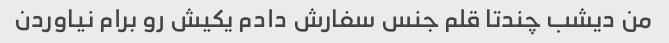
من دیشب چندتا قلم جنس سفارش دادم یکیش رو برام نیاوردن